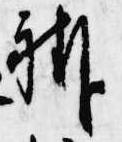
褂